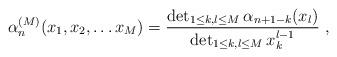
LaTeX: \begin{align*}\alpha_n^{(M)}(x_1,x_2,\dots x_M)=\frac{\det_{1\leq k, l\leq M}\alpha_{n+1-k}(x_l)}{\det_{1\leq k,l \leq M}x_k^{l-1}}\ ,\end{align*}